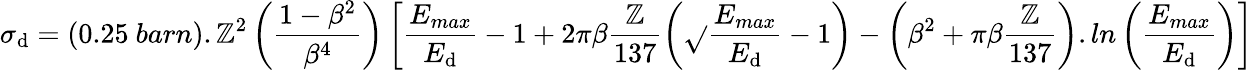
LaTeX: \sigma_{\mathrm{d}}=\left(0.25~barn\right).\mathbb{Z}^{2}\left(\frac{{1-\beta^{2}}}{{\beta^{4}}}\right)\left[\frac{{E_{max}}}{{E_{\mathrm{d}}}}-1+2\pi\beta\frac{{\mathbb{Z}}}{{137}}\left(\sqrt{}{{\frac{{E_{max}}}{{E_{\mathrm{d}}}}}}-1\right)-\left(\beta^{2}+\pi\beta\frac{{\mathbb{Z}}}{{137}}\right).ln\left(\frac{{E_{max}}}{{E_{\mathrm{d}}}}\right)\right]